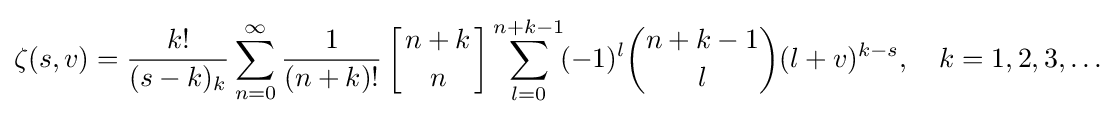
\zeta (s,v)={\frac {k!}{(s-k)_{k}}}\sum _{n=0}^{\infty }{\frac {1}{(n+k)!}}\left[{n+k \atop n}\right]\sum _{l=0}^{n+k-1}\!(-1)^{l}{\binom {n+k-1}{l}}(l+v)^{k-s},\quad k=1,2,3,\ldots